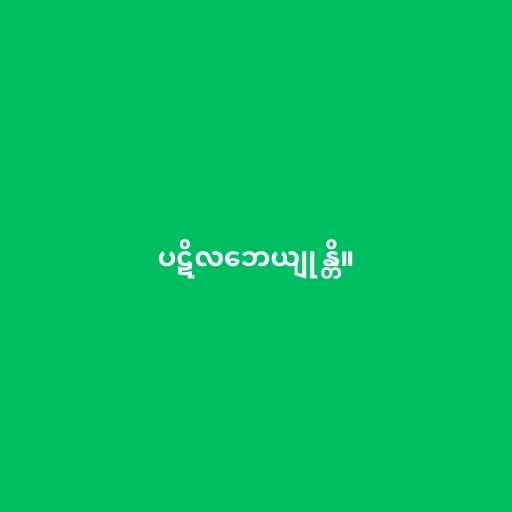
ပဋိလဘေယျုန္တိ။